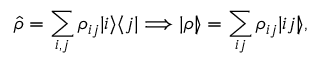
\hat { \rho } = \sum _ { i , j } \rho _ { i j } | i \rangle \langle j | \Longrightarrow | \rho \rrangle = \sum _ { i j } \rho _ { i j } | i j \rrangle ,